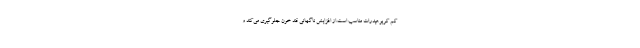
کم کربوهیدرات مناسب است.از افزایش ناگهانی قند خون جلوگیری می‌کند و